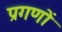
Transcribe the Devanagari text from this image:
प्रगणों